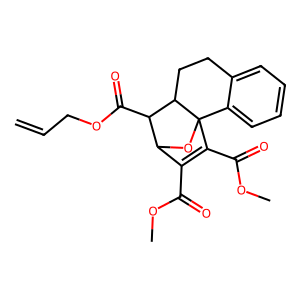
SMILES: C=CCOC(=O)C1C2OC3(C(C(=O)OC)=C2C(=O)OC)c2ccccc2CCC13
Inhibits HIV replication: No